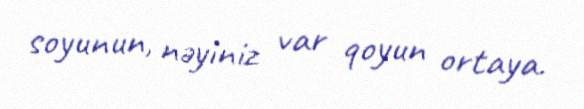
soyunun, nəyiniz var qoyun ortaya.